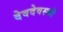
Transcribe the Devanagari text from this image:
देवदेवस्की